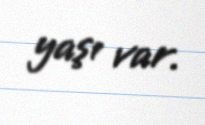
yaşı var.